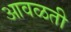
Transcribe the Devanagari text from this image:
आवळती